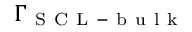
\Gamma _ { \mathrm { ~ S ~ C ~ L ~ - ~ b ~ u ~ l ~ k ~ } }